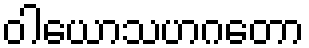
ဝါယောသဟဂတော